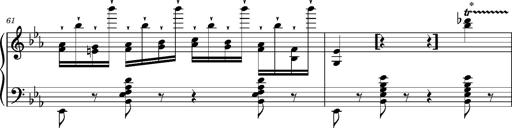
Title: Magyar rapszÃ³diÃ¡k
Composer: Franz Liszt